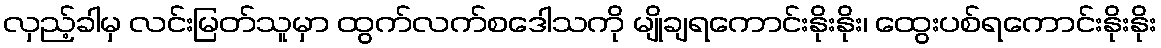
လှည့်ခါမှ လင်းမြတ်သူမှာ ထွက်လက်စဒေါသကို မျိုချရကောင်းနိုးနိုး၊ ထွေးပစ်ရကောင်းနိုးနိုး